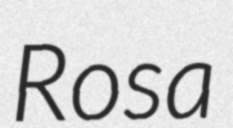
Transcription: Rosa